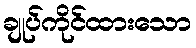
ချုပ်ကိုင်ထားသော